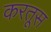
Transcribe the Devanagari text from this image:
करतूस